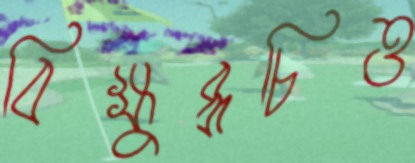
বিক্ষুব্ধচিত্ত